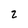
Character: 2